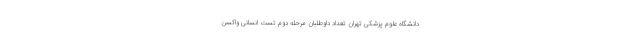
دانشگاه علوم پزشکی تهران تعداد داوطلبان مرحله دوم تست انسانی واکسن